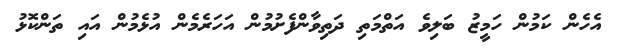
އެހެން ކަމުން ހަމީޒު ބަލިވެ އަތްމަތި ދަތިވާންފެށުމުން އަހަރެމެން އުޅެމުން އައި ތަންކޮޅު